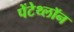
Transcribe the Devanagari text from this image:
पेंटेथ्लॉन